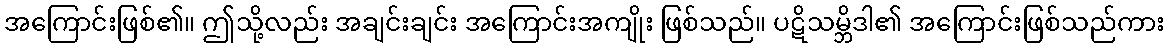
အကြောင်းဖြစ်၏။ ဤသို့လည်း အချင်းချင်း အကြောင်းအကျိုး ဖြစ်သည်။ ပဋိသမ္ဘိဒါ၏ အကြောင်းဖြစ်သည်ကား